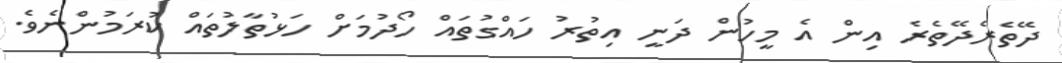
ދޭތެރެދޭތެރެ އިން އެ މީހުން ދަނީ އިތުރު ހައްގުތައް ހޯދުމަށް ހަޅުތާލުތައް ކުރަމުންނެވެ.